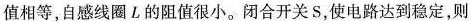
值相等，自感线圈L的阻值很小。闭合开关S，使电路达到稳定，则